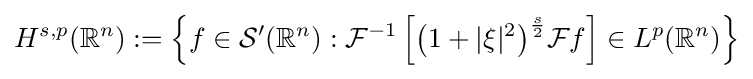
H^{s,p}(\mathbb {R} ^{n}):=\left\{f\in {\mathcal {S}}'(\mathbb {R} ^{n}):{\mathcal {F}}^{-1}\left[{\big (}1+|\xi |^{2}{\big )}^{\frac {s}{2}}{\mathcal {F}}f\right]\in L^{p}(\mathbb {R} ^{n})\right\}